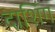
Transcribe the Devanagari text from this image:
दाशिंग